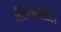
સિનિયોરિટી